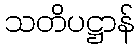
သတိပဋ္ဌာန်